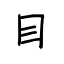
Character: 目